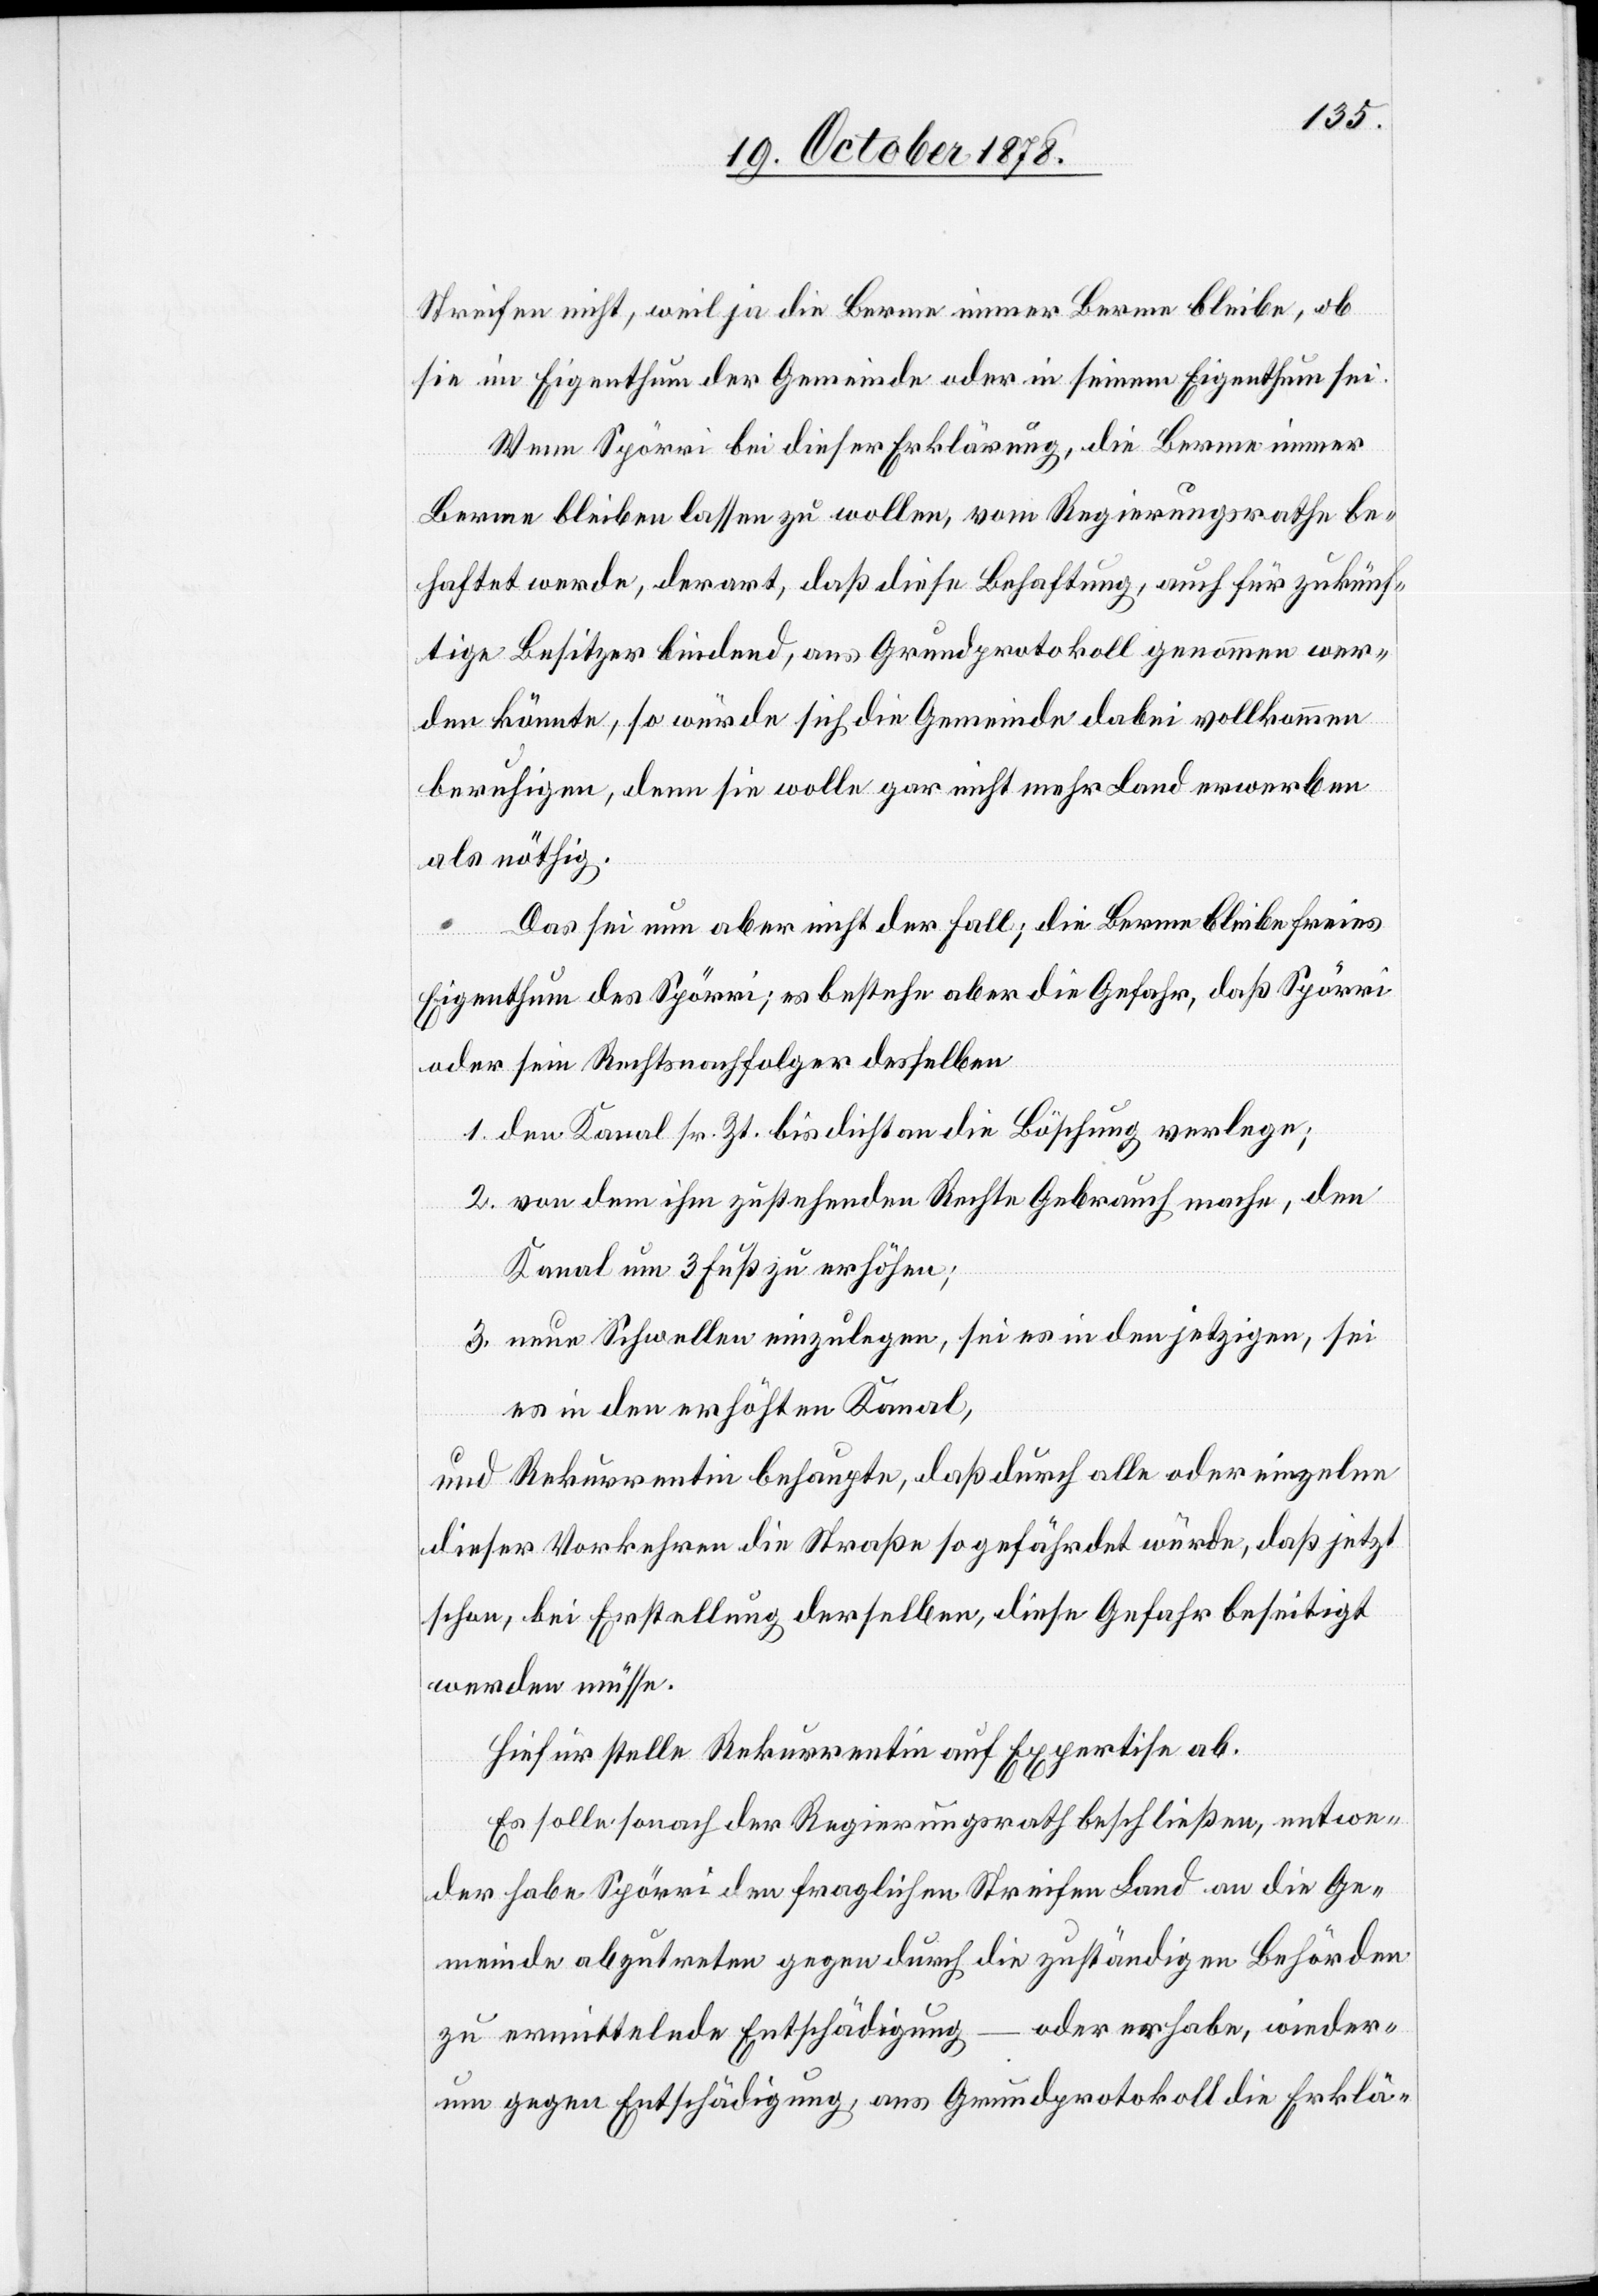
Streifen nicht, weil ja die Berme immer Berme bleibe, ob
sie im Eigenthum der Gemeinde oder in seinem Eigenthum sei.
Wenn Spörri bei dieser Erklärung, die Berme immer
Berme bleiben lassen zu wollen, vom Regierungsrathe be¬
haftet werde, derart, daß diese Behaftung, auch für zukünf¬
tige Besitzer bindend, ans Grundprotokoll genommen wer¬
den könnte, so würde sich die Gemeinde dabei vollkommen
beruhigen, denn sie wolle gar nicht mehr Land erwerben
als nöthig.
Das sei nun aber nicht der Fall; die Berme bleibe freies
Eigenthum des Spörri; es bestehe aber die Gefahr, daß Spörri
oder sein Rechtsnachfolger desselben
1. den Kanal sr. Zt. bis dicht an die Böschung verlege;
2. von dem ihm zustehenden Rechte Gebrauch mache, den
Kanal um 3 Fuß zu erhöhen;
3. neue Schwellen einzulegen, sei es in den jetzigen, sei
es in den erhöhten Kanal,
und Rekurrentin behaupte, daß durch alle oder einzelne
dieser Vorkehren die Straße so gefährdet würde, daß jetzt
schon, bei Erstellung derselben, diese Gefahr beseitigt
werden müsse.
Hiefür stelle Rekurrentin auf Expertise ab.
Es solle sonach der Regierungsrath beschließen, entwe¬
der habe Spörri den fraglichen Streifen Land an die Ge¬
meinde abzutreten gegen durch die zuständigen Behörden
zu ermittelnde Entschädigung – oder er habe, wieder¬
um gegen Entschädigung, aus Grundprotokoll die Erklä-